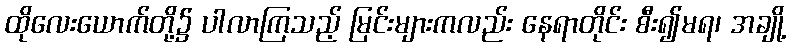
ထိုလေးယောက်တို့၌ ပါလာကြသည့် မြင်းများကလည်း နေရာတိုင်း စီး၍မရ၊ အချို့